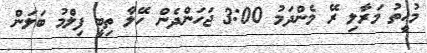
މުހީތު މަރާލި ރޭ މެންދަމު 3:00 ޖަހަންދެން ހޭލާ ތިބީ ފިލްމު ބަލަން